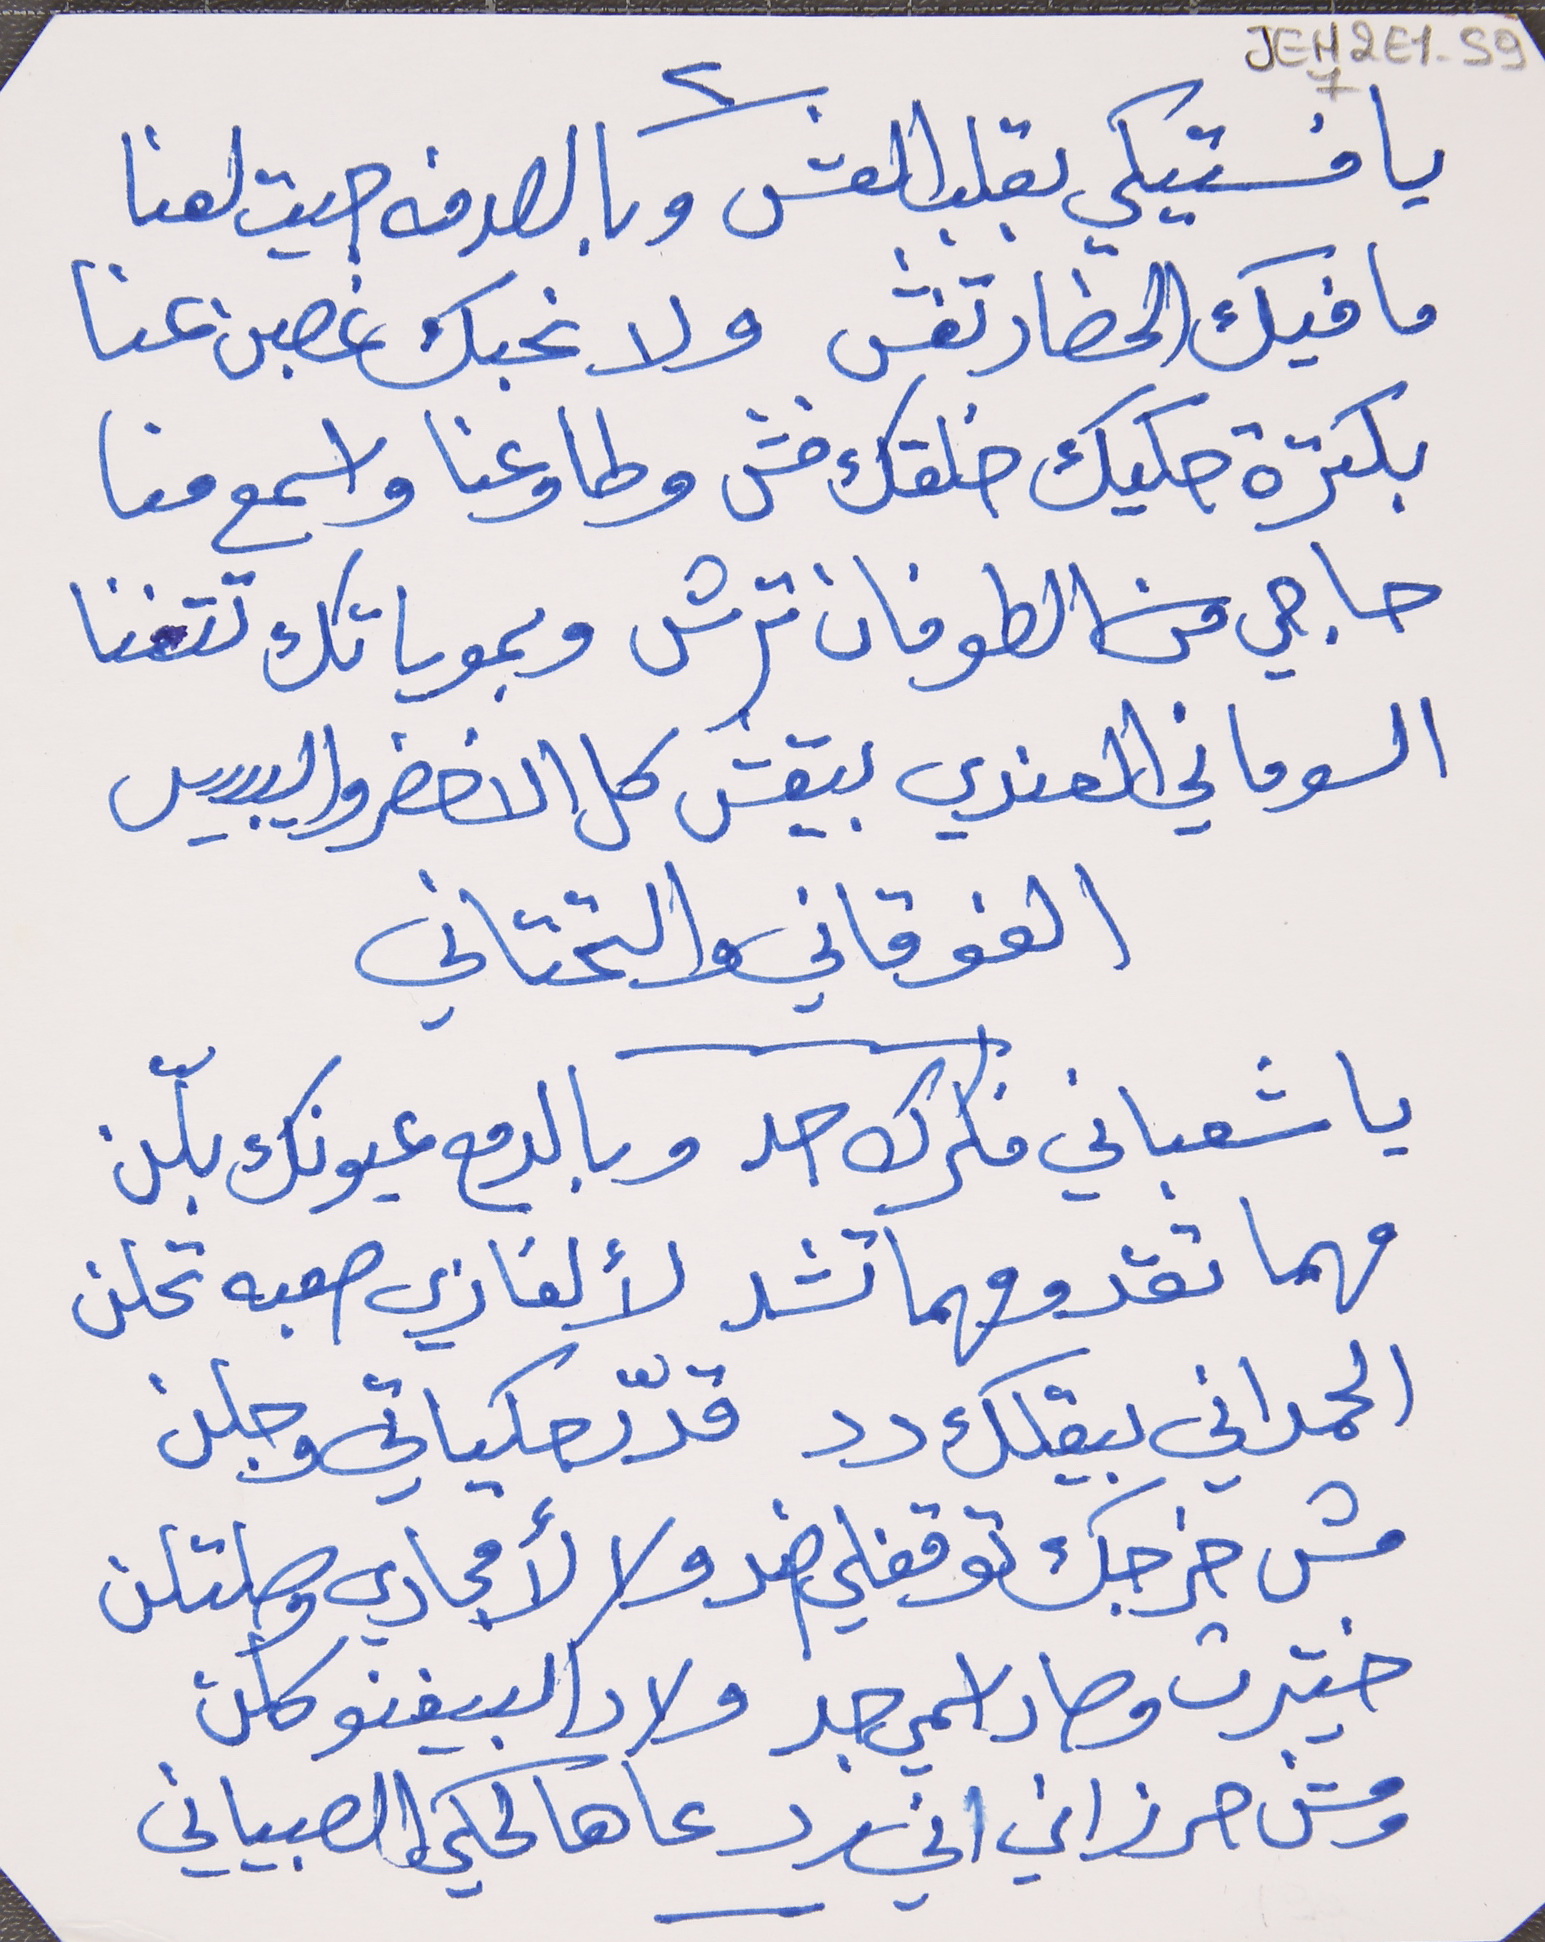
يا فستيكي بقلب العش     وبالصدفه جيت لعنا
 ما فيك الحضار تغش     ولا نحبك غصبن عنا
بكترة حكيك خلقك فش     وطاوعنا واسمع منا
السوماني العندي بيقش     كل الاخضر واليبيس
الفوقاني والتحتاني
 يا شعباني فكرك حد     وبالدمع عيونك بلّن
 مهما تقد ومهما تشد     لألغازي صعبه تحلن
الحمداني بيقلك دد     قدّر حكياتي وجلن
مش خرجك توقفلي ضد     ولا لأمجادي وصلتلن
ختيرت وصار اسمي جد     ولاد البيغنو كلن
JEH2E1-597
٢
حاجي من الطوفان ترش     وبموياتك تتغنا
ومش حرزاني اني رد     عا هالحكي الصبياني